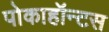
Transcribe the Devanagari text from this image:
पोकाहॉन्टस